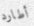
أطارد